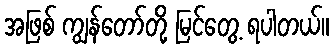
အဖြစ် ကျွန်တော်တို့ မြင်တွေ့ ရပါတယ်။